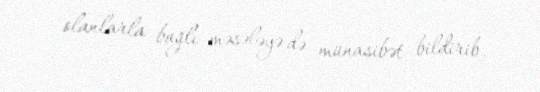
olanlarla bağlı məsələyə də münasibət bildirib.